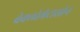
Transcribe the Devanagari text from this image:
बेक्लोमेटासोन